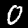
Digit: 0